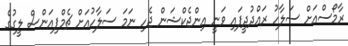
ރާމޯސްއަށް ސަލާހު ރައްދުދީފައި ވަނީ އިންޖެކްޝަން ޖެހި ނަމަ ސަލާހުއަށް ޗެމްޕިއަންސް ލީގުގެ